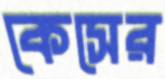
কেসের